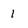
Character: 1